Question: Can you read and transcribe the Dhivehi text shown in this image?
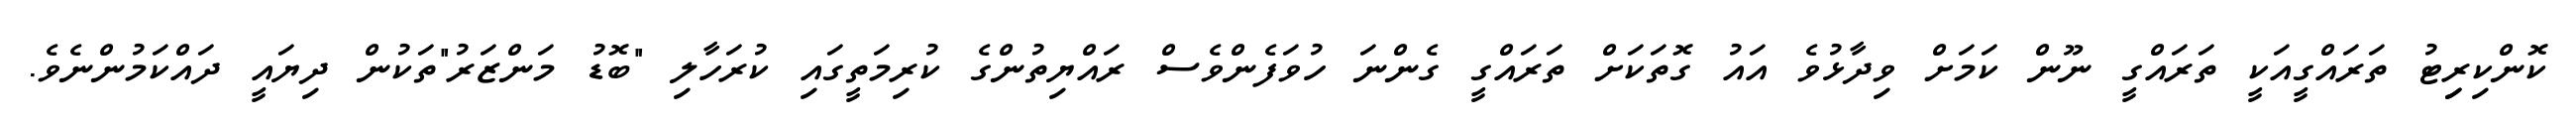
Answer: ކޮންކިރިިޓު ތަރައްގީއަކީ ތަރައްގީ ނޫން ކަމަށް ވިދާޅުވެ އައު ގޮތަކަށް ތަރައްގީ ގެންނަ ހުވަފެންވެސް ރައްޔިތުންގެ ކުރިމަތީގައި ކުރަހާލި "ބޮޑު މަންޒަރު"ތަކުން ދިޔައީ ދައްކަމުންނެވެ.